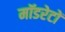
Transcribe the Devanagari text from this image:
मॉडरेटों